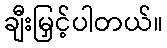
ချီးမြှင့်ပါတယ်။